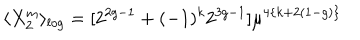
\langle X _ { 2 } ^ { m } \rangle _ { l o g } = [ 2 ^ { 2 g - 1 } + ( - 1 ) ^ { k } 2 ^ { 3 g - 1 } ] \mu ^ { 4 \{ k + 2 ( 1 - g ) \} }